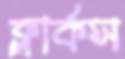
ক্লার্কস